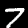
Label: 7